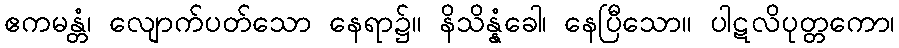
ဧကမန္တံ၊ လျောက်ပတ်သော နေရာ၌။ နိသိန္နံခေါ၊ နေပြီသော။ ပါဋလိပုတ္တကော၊